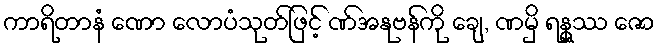
ကာရိတာနံ ဏော လောပံသုတ်ဖြင့် ဏ်အနုဗန်ကို ချေ, ဏမှိ ရန္ဇဿ ဇော